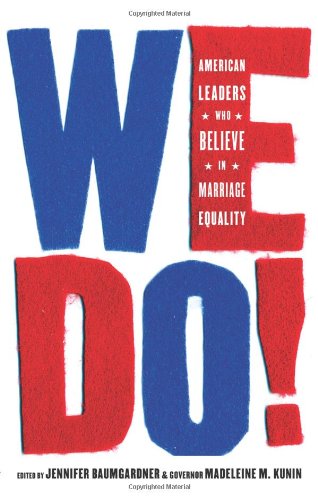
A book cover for We Do!: American Leaders Who Believe in Marriage Equality; Law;